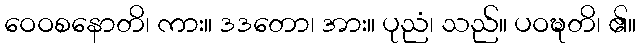
ဝေဝစနောတိ၊ ကား။ ဒဒတော၊ အား။ ပုညံ၊ သည်။ ပဝဍ္ဎတိ၊ ၏။